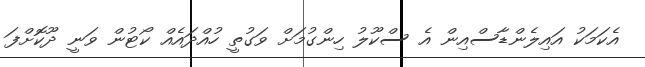
އެކަމަކު އައިލެންޑާސްއިން އެ ސްކޫލު ހިންގުމަށް ވަގުތީ ހުއްދައެއް ކޯޓުން ވަނީ ދޫކޮށްފަ